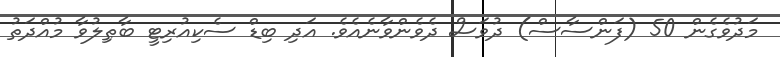
މަދުވެގެން 50 (ފަންސާސް) ދުވަސް ދެވެންވާނެއެވެ. އަދި ބިޑް ސެކިއުރިޓީ ބާޠިލުވާ މުއްދަތު